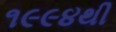
૧૯૯૪થી